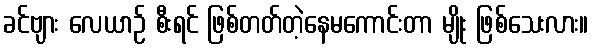
ခင်ဗျား လေယာဉ် စီးရင် ဖြစ်တတ်တဲ့နေမကောင်းတာ မျိုး ဖြစ်သေးလား။